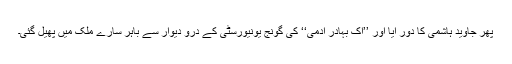
پھر جاوید ہاشمی کا دور آیا اور ’’اِک بہادر آدمی‘‘ کی گونج یونیورسٹی کے درو دیوار سے باہر سارے ملک میں پھیل گئی۔